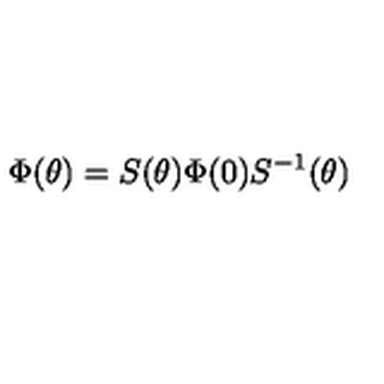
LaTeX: \Phi ( \theta ) = S ( \theta ) \Phi ( 0 ) S ^ { - 1 } ( \theta )